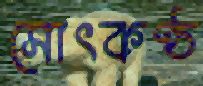
সোৎকণ্ঠ